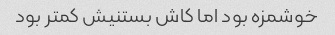
خوشمزه بود اما کاش بستنیش کمتر بود